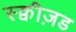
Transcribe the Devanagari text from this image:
स्क्वीज़ड